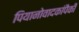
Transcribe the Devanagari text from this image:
पियानोवादकांपैकी